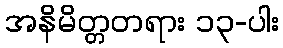
အနိမိတ္တတရား ၁၃-ပါး